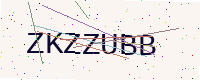
Text: ZKZZUBB